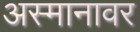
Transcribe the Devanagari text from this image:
अस्मानावर